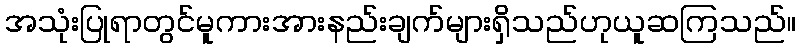
အသုံးပြုရာတွင်မူကားအားနည်းချက်များရှိသည်ဟုယူဆကြသည်။